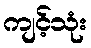
ကျင့်သုံး